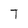
Character: T